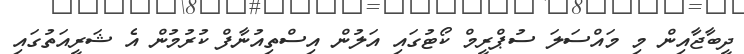
ދީބާޖާއިން މި މައްސަލަ ސުޕްރީމް ކޯޓުގައި އަލުން އިސްތިއުނާފް ކުރުމުން އެ ޝަރީއަތުގައި